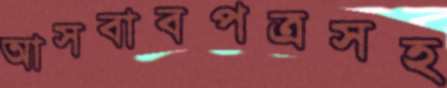
আসবাবপত্রসহ